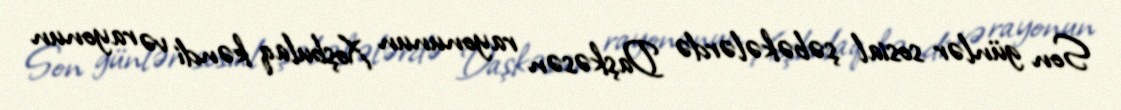
Son günlər sosial şəbəkələrdə Daşkəsən rayonunun Xoşbulaq kəndi və rayonun